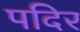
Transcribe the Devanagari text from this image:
पदिर